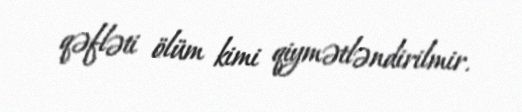
qəfləti ölüm kimi qiymətləndirilmir.